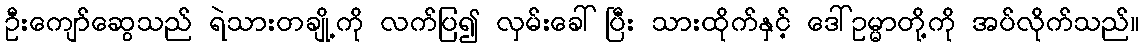
ဦးကျော်ဆွေသည် ရဲသားတချို့ကို လက်ပြ၍ လှမ်းခေါ်ပြီး သားထိုက်နှင့် ဒေါ်ဥမ္မာတို့ကို အပ်လိုက်သည်။